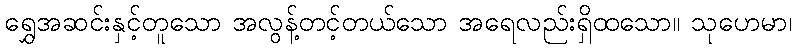
ရွှေအဆင်းနှင့်တူသော အလွန့်တင့်တယ်သော အရေလည်းရှိထသော။ သုဟေမာ၊